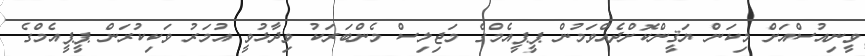
ވީނިއުސްއަށް މިކަން ޔަޤީންކޮށްދެއްވަމުން ޕީޕީއެމްގެ މަޖިލިސް މެންބަރަކު ވިދާޅުވީ އުމަރު ވަކިކުރަން ޕީޕީއެމްގެ